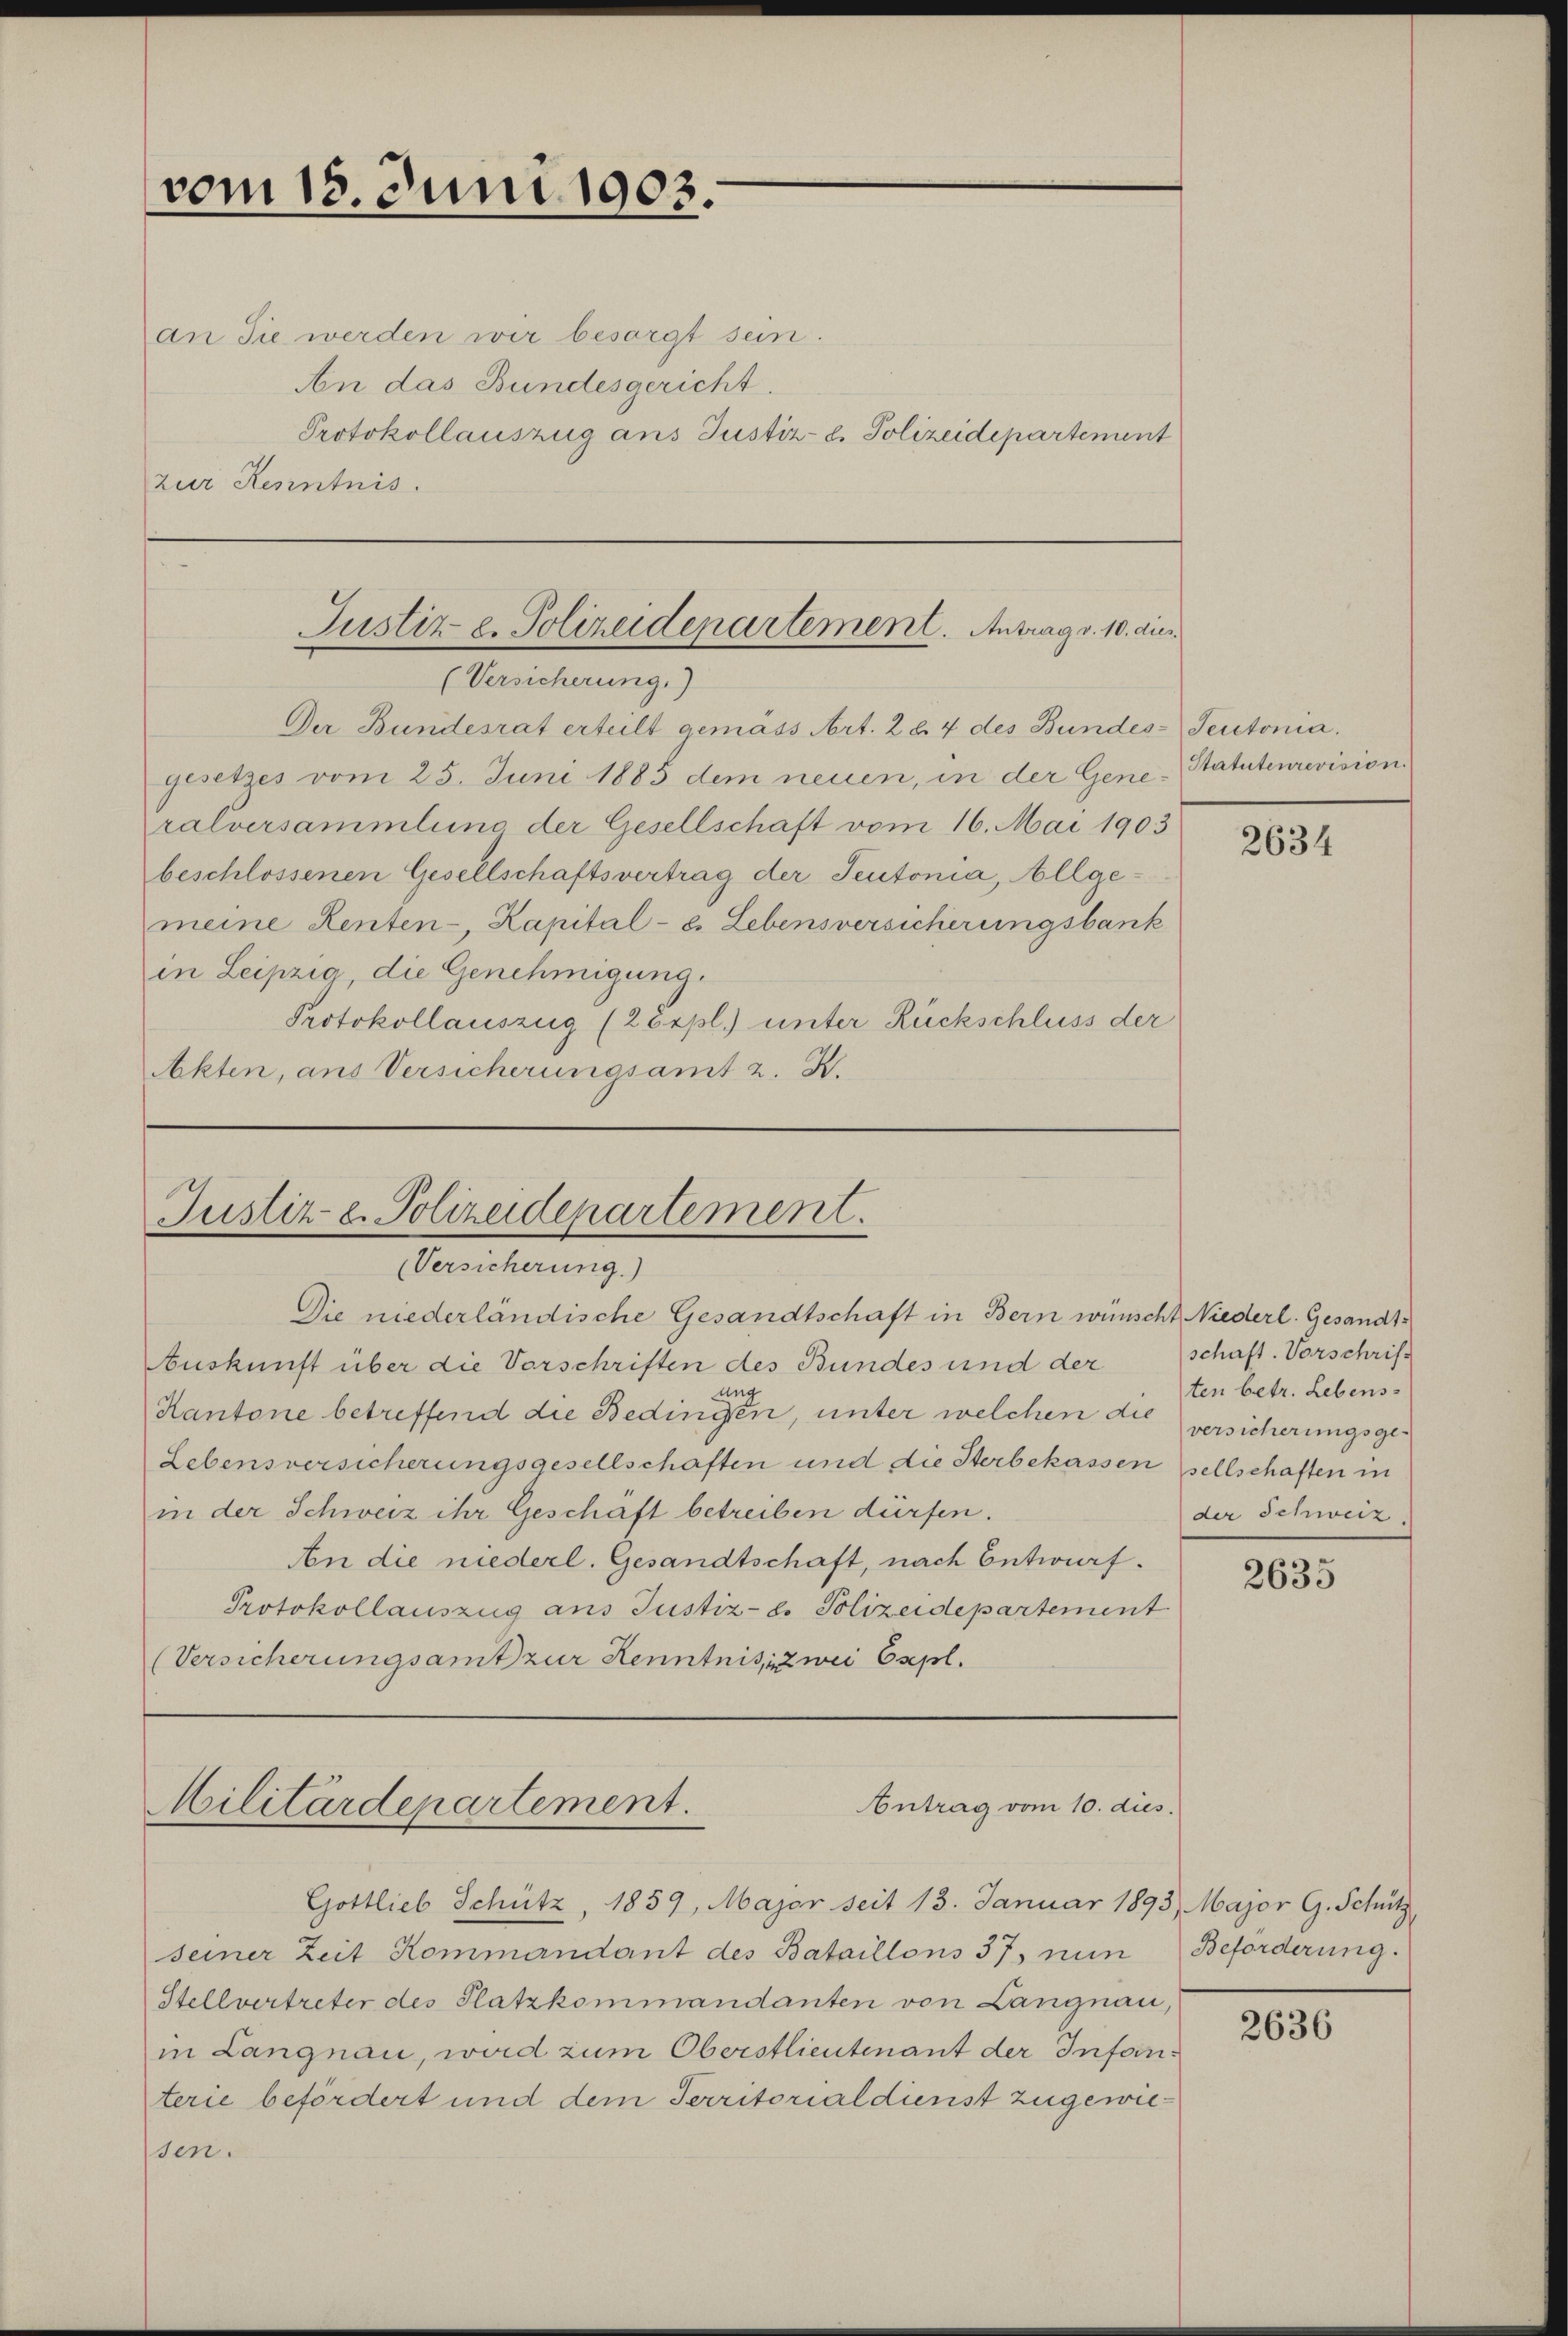
vom 18. Juni 1903.

an Sie werden wir besorgt sein.
An das Bundesgericht.
Protokollauszug aus Justiz- & Polizeidepartement
zur Kenntnis.

Justiz- u. Polizeidepartement. Antrag v. 10. dies
(Versicherung.)

Der Bundesrat erteilt gemäss Art. 2 l. 4 des Bundes-Seutonia.
gesetzes vom 25. Juni 1885 dem neuen, in der Generalversammlung der Gesellschaft vom 16. Mai 1903
beschlossenen Gesellschaftsvertrag der Teutonia, Allgemeine Renten-, Kapital- u. Lebensversicherungsbank
in Leipzig die Genehmigung.
Protokollauszug (28xpl.) unter Rückschluss der
Akten, aus Versicherungsamt z. K.

Justiz- u. Polizeidepartement.
Versicherung.)
Die niederländische Gesandtschaft in Bern wünscht Niederl. Gesandts

Auskunft über die Vorschriften des Bundes und der
ung
Kantone betreffend die Bedingen, unter welchen die versicherungsge¬
Lebensversicherungsgesellschaften und die Sterbekassen sellschaften in
in der Schweiz ihr Geschäft betreiben dürfen.
An die niederl. Gesandtschaft, nach Entwurf.
Protokollauszug aus Justiz- & Polizeidepartement
(Versicherungsamt zur Kenntnis, zwei Expl.

Antrag vom 10. dies
Militärdepartement.

Gottlieb Schütz, 1859, Major seit 13. Januar 1893 Major G. Schütz
seiner Zeit Kommandant des Bataillons 37, nun
Stellvertreter des Platzkommandanten von Langnau,
in Langnau, wird zum Oberstlieutenant der Inforterie befördert und dem Territorialdienst zugewiessen.

Statutenrevision.

2634

schaft. Vorschrift
ten betr. Lebens-
der Schweiz.

2635

Beförderung.

2636